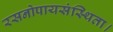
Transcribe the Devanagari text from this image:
रसनोपायसंस्थिता।